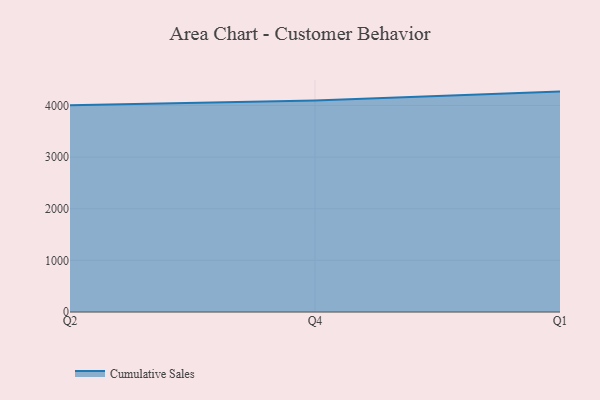
{"axis": {"x": "Quarter", "y": "Active Users"}, "legend": ["Cumulative Sales"], "data": [{"x": "Q2", "y": 4003.8, "type": "Cumulative Sales"}, {"x": "Q4", "y": 4094.6, "type": "Cumulative Sales"}, {"x": "Q1", "y": 4269.1, "type": "Cumulative Sales"}]}